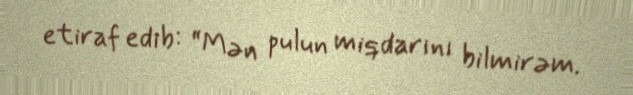
etiraf edib: “Mən pulun miqdarını bilmirəm.